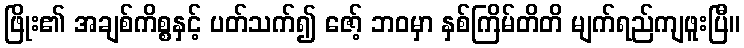
ဖြိုး၏ အချစ်ကိစ္စနှင့် ပတ်သက်၍ ဇော့် ဘဝမှာ နှစ်ကြိမ်တိတိ မျက်ရည်ကျဖူးပြီ။